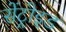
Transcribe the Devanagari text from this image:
सेंट्रोइड